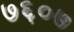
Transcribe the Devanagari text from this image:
७६०७